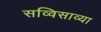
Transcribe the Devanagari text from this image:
सव्विसाव्या